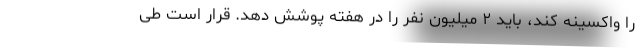
را واکسینه کند، باید ۲ میلیون نفر را در هفته پوشش دهد. قرار است طی